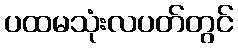
ပထမသုံးလပတ်တွင်